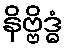
နိဗ္ဗိဒ္ဓံ